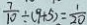
\frac { 7 } { 1 0 } \div ( 9 + 5 ) = \frac { 1 } { 2 0 }